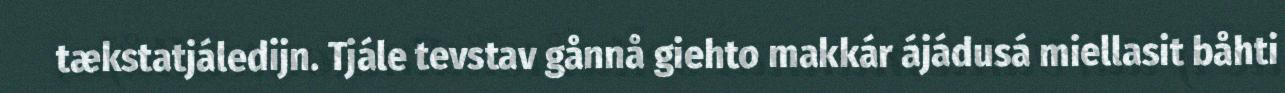
tækstatjáledijn. Tjále tevstav gånnå giehto makkár ájádusá miellasit båhti